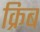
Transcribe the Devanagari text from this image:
क्रिब